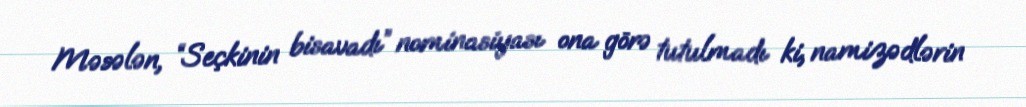
Məsələn, “Seçkinin bisavadı” nominasiyası ona görə tutulmadı ki, namizədlərin